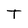
Character: T